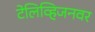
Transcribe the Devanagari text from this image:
टेलिव्हिजनवर